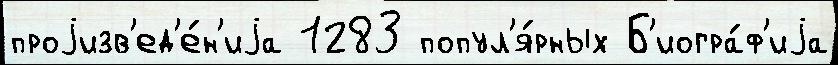
проjизв'ед'е́н'иjа 1283 попул'я́рных Б'иогра́ф'иjа